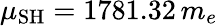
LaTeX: \mu_{\mathrm{SH}}=1781.32\, m_{e}